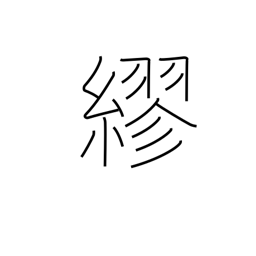
Meaning: wrap around